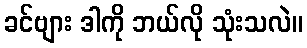
ခင်ဗျား ဒါကို ဘယ်လို သုံးသလဲ။